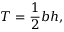
T = { \frac { 1 } { 2 } } b h ,